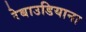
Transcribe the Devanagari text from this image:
रेबाउडियाना